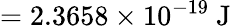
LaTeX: =2.3658\times 10^{-19}{\mathrm{~J}}